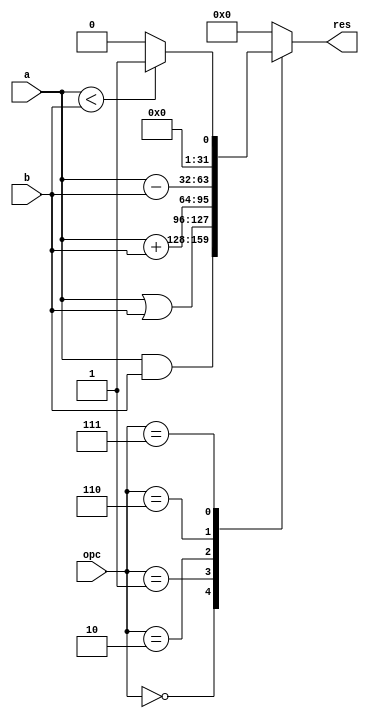
module ALU (a, b, opc, res);
    parameter N = 32;

    input signed [N-1:0] a, b;
    input [2:0] opc;
    output [N-1:0] res;
    reg [N-1:0] res;

    always @(a, b, opc) begin
        case (opc)
            3'b000:  res = a & b;
            3'b001:  res = a | b;
            3'b010:  res = a + b;
            3'b110:  res = a - b;
            3'b111:  res = a < b ? 'd1 : 'd0;
            default: res = {N{1'b0}};
        endcase
    end
endmodule